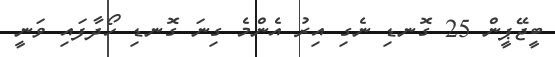
ބީޖޭޕީން 25 ގޮނޑި ނެގި އިރު އެންމެ ގިނަ ގޮނޑި ހޯދާފައި ވަނީ